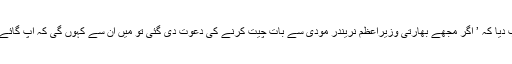
‘اس سوال کے جواب میں ویکونو سچو نے جواب دیا کہ ’ اگر مجھے بھارتی وزیراعظم نریندر مودی سے بات چیت کرنے کی دعوت دی گئی تو میں اُن سے کہوں گی کہ آپ گائے کے بجائے مُلک کی خواتین پر زیادہ توجہ دیں۔